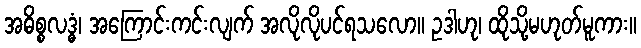
အဓိစ္စလဒ္ဓံ၊ အကြောင်းကင်းလျက် အလိုလိုပင်ရသလော။ ဥဒါဟု၊ ထိုသို့မဟုတ်မူကား။